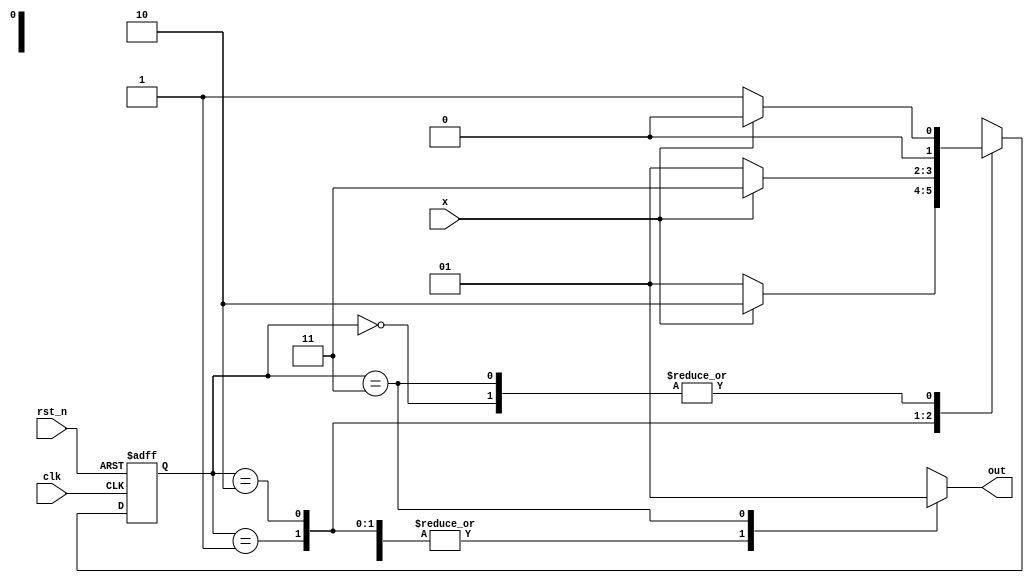

module Moore_FSM(
input clk,
input rst_n,
input x,
output reg out
); 

// states: 

parameter s0 = 2'b00; 
parameter s1 = 2'b01; 
parameter s2 = 2'b10; 
parameter s3 = 2'b11; 

reg [1:0] state, next_state;

// state register 
always@(posedge clk or negedge rst_n) begin 
if (!rst_n) state <= s0;
else state <= next_state; 
end 

// next state logic 
always@(*) begin 
case(state)
s0: if(!x) next_state = s1; 
	else next_state = s0; 
s1: if(!x) next_state = s1; 
	else next_state = s2; 
s2: if(!x) next_state = s1; 
	else next_state = s3; 
s3: if(!x) next_state = s1; 
	else next_state = s0; 
	
default: next_state = s0; 
endcase 
end
 
// output logic 
always@(*) begin 
case(state)
s0: out <= 1'b0; 
s1: out <= 1'b0;
s2: out <= 1'b0;
s3: out <= 1'b1;
default: out <= 1'bz;
endcase
end 
endmodule